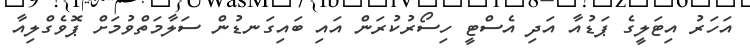
އަހަރު އިޓަލީގެ ޕަޑުއާ އަދި އެސްޓީ ހިސޯރުކުރަން އައި ބައިގަނޑުން ސަލާމަތްވުމަށް ޕޮވެގްލިއާ